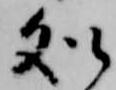
処